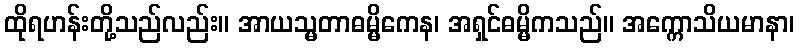
ထိုရဟန်းတို့သည်လည်း။ အာယသ္မတာဓမ္မိကေန၊ အရှင်ဓမ္မိကသည်။ အက္ကောသိယမာနာ၊